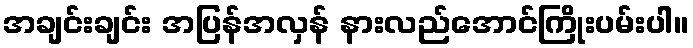
အချင်းချင်း အပြန်အလှန် နားလည်အောင်ကြိုးပမ်းပါ။